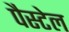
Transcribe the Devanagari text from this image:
पैस्टेल